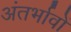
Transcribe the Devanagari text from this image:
अंतर्भावों